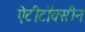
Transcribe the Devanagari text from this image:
ऐंटीटॉक्सीन